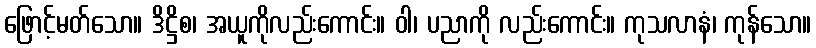
ဖြောင့်မတ်သော။ ဒိဋ္ဌိစ၊ အယူကိုလည်းကောင်း။ ဝါ၊ ပညာကို လည်းကောင်း။ ကုသလာနံ၊ ကုန်သော။